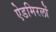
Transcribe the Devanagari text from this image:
ऐडमिरलों